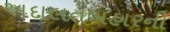
અદાલતબહારની